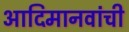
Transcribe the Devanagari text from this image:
आदिमानवांची